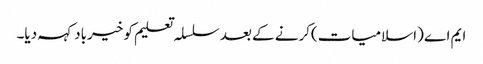
ایم اے (اسلامیات)کرنے کے بعد سلسلہ تعلیم کو خیرباد کہہ دیا۔